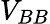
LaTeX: V_{BB}